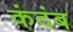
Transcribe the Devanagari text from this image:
कंदंब